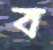
ব